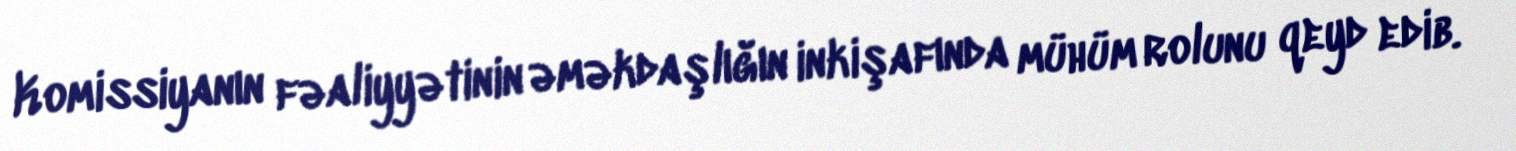
Komissiyanın fəaliyyətinin əməkdaşlığın inkişafında mühüm rolunu qeyd edib.